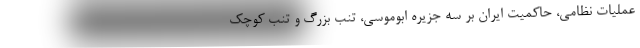
عملیات نظامی، حاکمیت ایران بر سه جزیره ابوموسی، تنب بزرگ و تنب کوچک